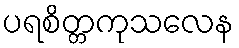
ပရစိတ္တကုသလေန